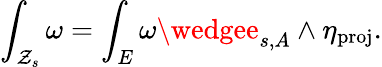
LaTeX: \int_{\mathcal{Z}_{s}}\omega=\int_{E}\omega\wedgee_{s,A}\wedge\eta_{\mathrm{{proj}}}.